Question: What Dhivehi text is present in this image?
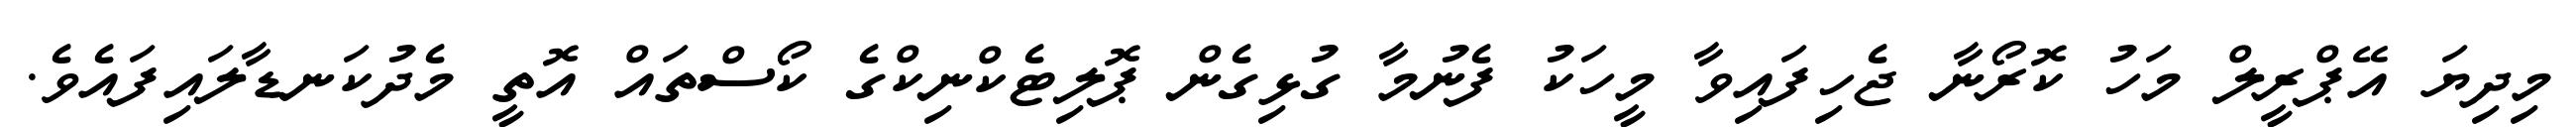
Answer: މިދިޔަ އޭޕްރީލް މަހު ކޮރޯނާ ޖެހިފައިވާ މީހަކު ފެނުމާ ގުޅިގެން ޕޮލިޓެކްނިކްގެ ކޯސްތައް އޮތީ މެދުކަނޑާލައިފައެވެ.